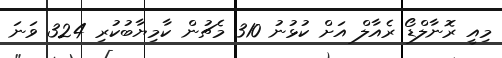
މިއީ ރޮނާލްޑޯ ރެއާލް އަށް ކުޅުނު 310 މެޗުން ކާމިޔާބުކުރި 324 ވަނަ